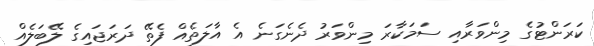
ކަރަންޓުގެ މިންވަރާއި ސަމަކާރަ މިންވަރު ދެނެގަނެ އެ އާލަތެއް ފެތޭ ދަރަޖައިގެ ލޭބަލެއް